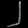
Digit: ၂